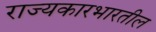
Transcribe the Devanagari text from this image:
राज्यकारभारतील